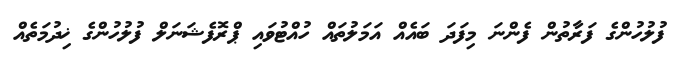
ފުލުހުންގެ ފަރާތުން ފެންނަ މިފަދަ ބައެއް އަމަލުތައް ހުއްޓުވައި ޕްރޮފެޝަނަލް ފުލުހުންގެ ޚިދުމަތެއް